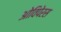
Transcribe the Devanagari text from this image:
ओविपेरस